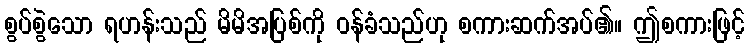
စွပ်စွဲသော ရဟန်းသည် မိမိအပြစ်ကို ဝန်ခံသည်ဟု စကားဆက်အပ်၏။ ဤစကားဖြင့်